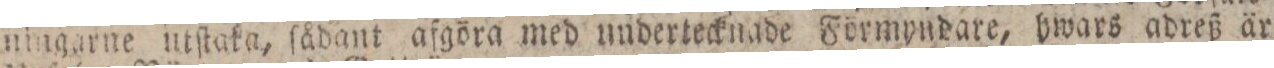
ningarne utſtaka, ſådant afgöra med undertecknade Förmyndare, hwars adreß är